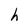
Character: h